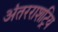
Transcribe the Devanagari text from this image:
अंतरराशट्रिय